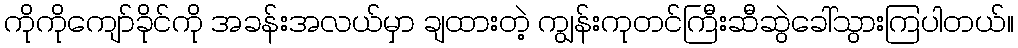
ကိုကိုကျော်ခိုင်ကို အခန်းအလယ်မှာ ချထားတဲ့ ကျွန်းကုတင်ကြီးဆီဆွဲခေါ်သွားကြပါတယ်။